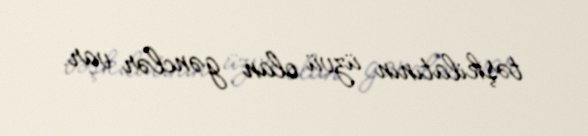
təşkilatının üzvü olan gənclər var.